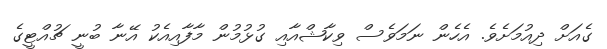
ގެއަށް ދިއުމަށެވެ. އެހެން ނަމަވެސް ވިކާޝްއާއި ގުޅުމުން މާފާއިއެކު އޭނާ ބުނީ ޗުއްޓީގެ